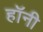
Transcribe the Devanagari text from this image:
हॉनी